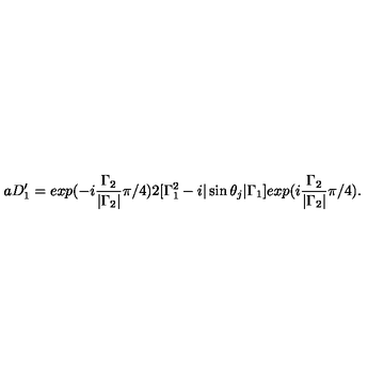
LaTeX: a D _ { 1 } ^ { \prime } = e x p ( - i \frac { { \Gamma } _ { 2 } } { | { \Gamma } _ { 2 } | } { \pi } / 4 ) 2 [ { \Gamma } _ { 1 } ^ { 2 } - i | \sin { \theta } _ { j } | { \Gamma } _ { 1 } ] e x p ( i \frac { { \Gamma } _ { 2 } } { | { \Gamma } _ { 2 } | } { \pi } / 4 ) .